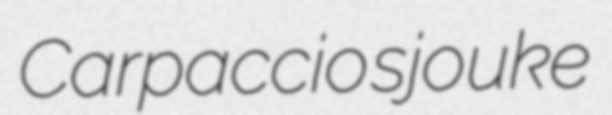
Carpaccio sjouke